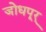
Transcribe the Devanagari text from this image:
जोधपूर्